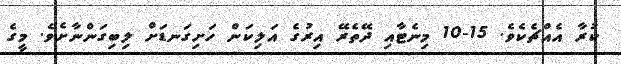
ކުރާ އެއްޗެކެވެ. 15-10 މިނެޓާއި ދޭތެރޭ އިރުގެ އަލިކަން ހަށިގަނޑަށް ލިބިގަންނާށެވެ. މީގެ